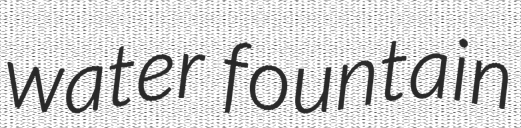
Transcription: water fountain